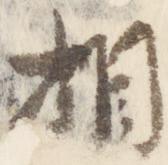
相